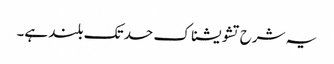
یہ شرح تشویشناک حد تک بلند ہے۔